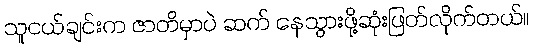
သူငယ်ချင်းက ဇာတိမှာပဲ ဆက် နေသွားဖို့ဆုံးဖြတ်လိုက်တယ်။